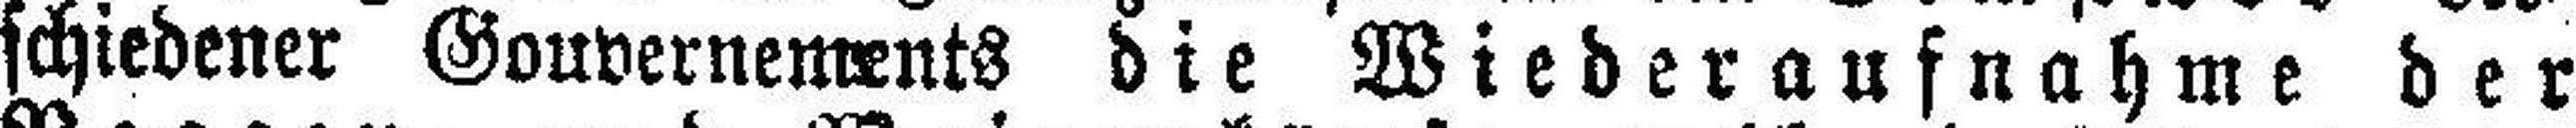
schiedener Gouvernements die Wiederaufnahme der